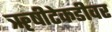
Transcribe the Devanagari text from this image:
ॠषीटेकडीवर